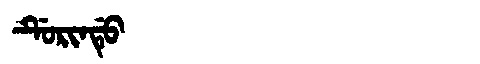
Manchu: ᡩᡠᡵᡳᠨᡩᡠ
Romanization: DURINDU